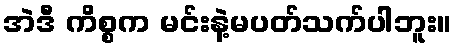
အဲဒီ ကိစ္စက မင်းနဲ့မပတ်သက်ပါဘူး။